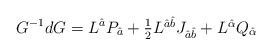
LaTeX: \begin{align*}G^{-1}dG=L^{\hat{a}}P_{\hat{a}}+\textstyle{\frac{1}{2}}L^{\hat{a}\hat{b}}J_{\hat{a}\hat{b}}+L^{\hat{\alpha}}Q_{\hat{\alpha}}\end{align*}